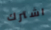
اشترك